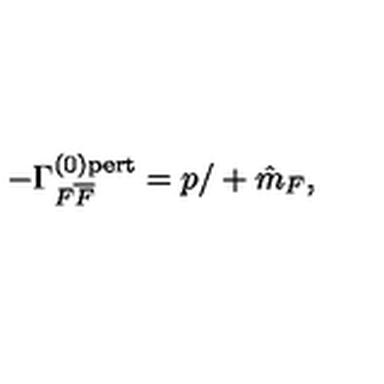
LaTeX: - \Gamma _ { F { \overline { { F } } } } ^ { ( 0 ) \mathrm { { p e r t } } } = p { / } + \hat { m } _ { F } ,